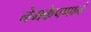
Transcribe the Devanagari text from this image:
नेमकेपणानं